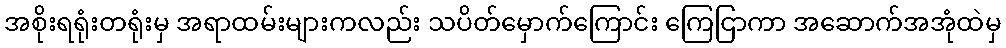
အစိုးရရုံးတရုံးမှ အရာထမ်းများကလည်း သပိတ်မှောက်ကြောင်း ကြေငြာကာ အဆောက်အအုံထဲမှ